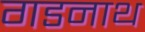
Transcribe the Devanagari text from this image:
गडनाथ